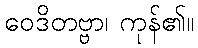
ဝေဒိတဗ္ဗာ၊ ကုန်၏။